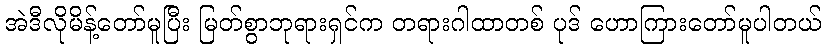
အဲဒီလိုမိန့်တော်မူပြီး မြတ်စွာဘုရားရှင်က တရားဂါထာတစ် ပုဒ် ဟောကြားတော်မူပါတယ်